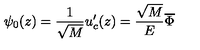
\psi _ { 0 } ( z ) = \frac 1 { \sqrt { M } } u _ { c } ^ { \prime } ( z ) = \frac { \sqrt { M } } E \overline { { \Phi } }